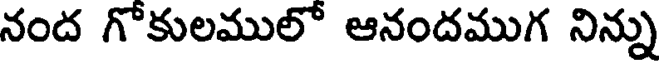
నంద గొకులములో ఆనందముగ నిన్ను